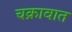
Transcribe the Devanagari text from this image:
चक्रावात